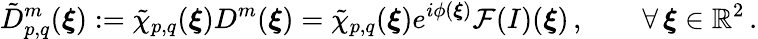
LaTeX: \tilde{D}_{p,q}^{m}(\boldsymbol{\xi}):=\tilde{\chi}_{p,q}(\boldsymbol{\xi})D^{m}(\boldsymbol{\xi})=\tilde{\chi}_{p,q}(\boldsymbol{\xi})e^{i\phi(\boldsymbol{\xi})}\mathcal{F}(I)(\boldsymbol{\xi})\, ,\qquad\forall\, \boldsymbol{\xi}\in\mathbb{R}^{2}\, .